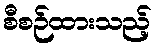
စီစဉ်ထားသည့်